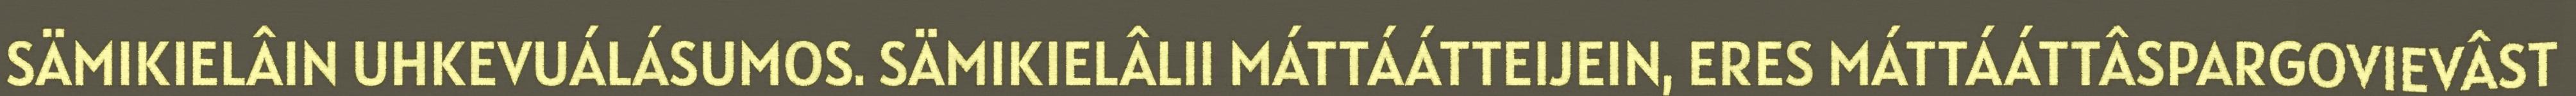
SÄMIKIELÂIN UHKEVUÁLÁSUMOS. SÄMIKIELÂLII MÁTTÁÁTTEIJEIN, ERES MÁTTÁÁTTÂSPARGOVIEVÂST